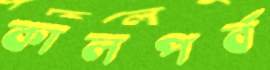
কালপর্ব